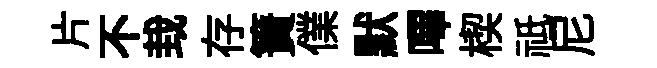
片不㘽存簀㒒默嗶楔祗尼